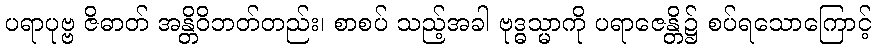
ပရာပုဗ္ဗ ဇိဓာတ် အန္တိဝိဘတ်တည်း၊ စာစပ် သည့်အခါ ဗုဒ္ဓသ္မာကို ပရာဇေန္တိ၌ စပ်ရသောကြောင့်